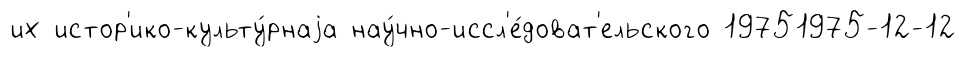
их истор'ико-культу́рнаjа нау́чно-иссл'е́доват'ельского 19751975-12-12